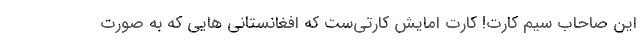
این صاحاب سیم کارت! کارت امایش کارتی‌ست که افغانستانی هایی که به صورت